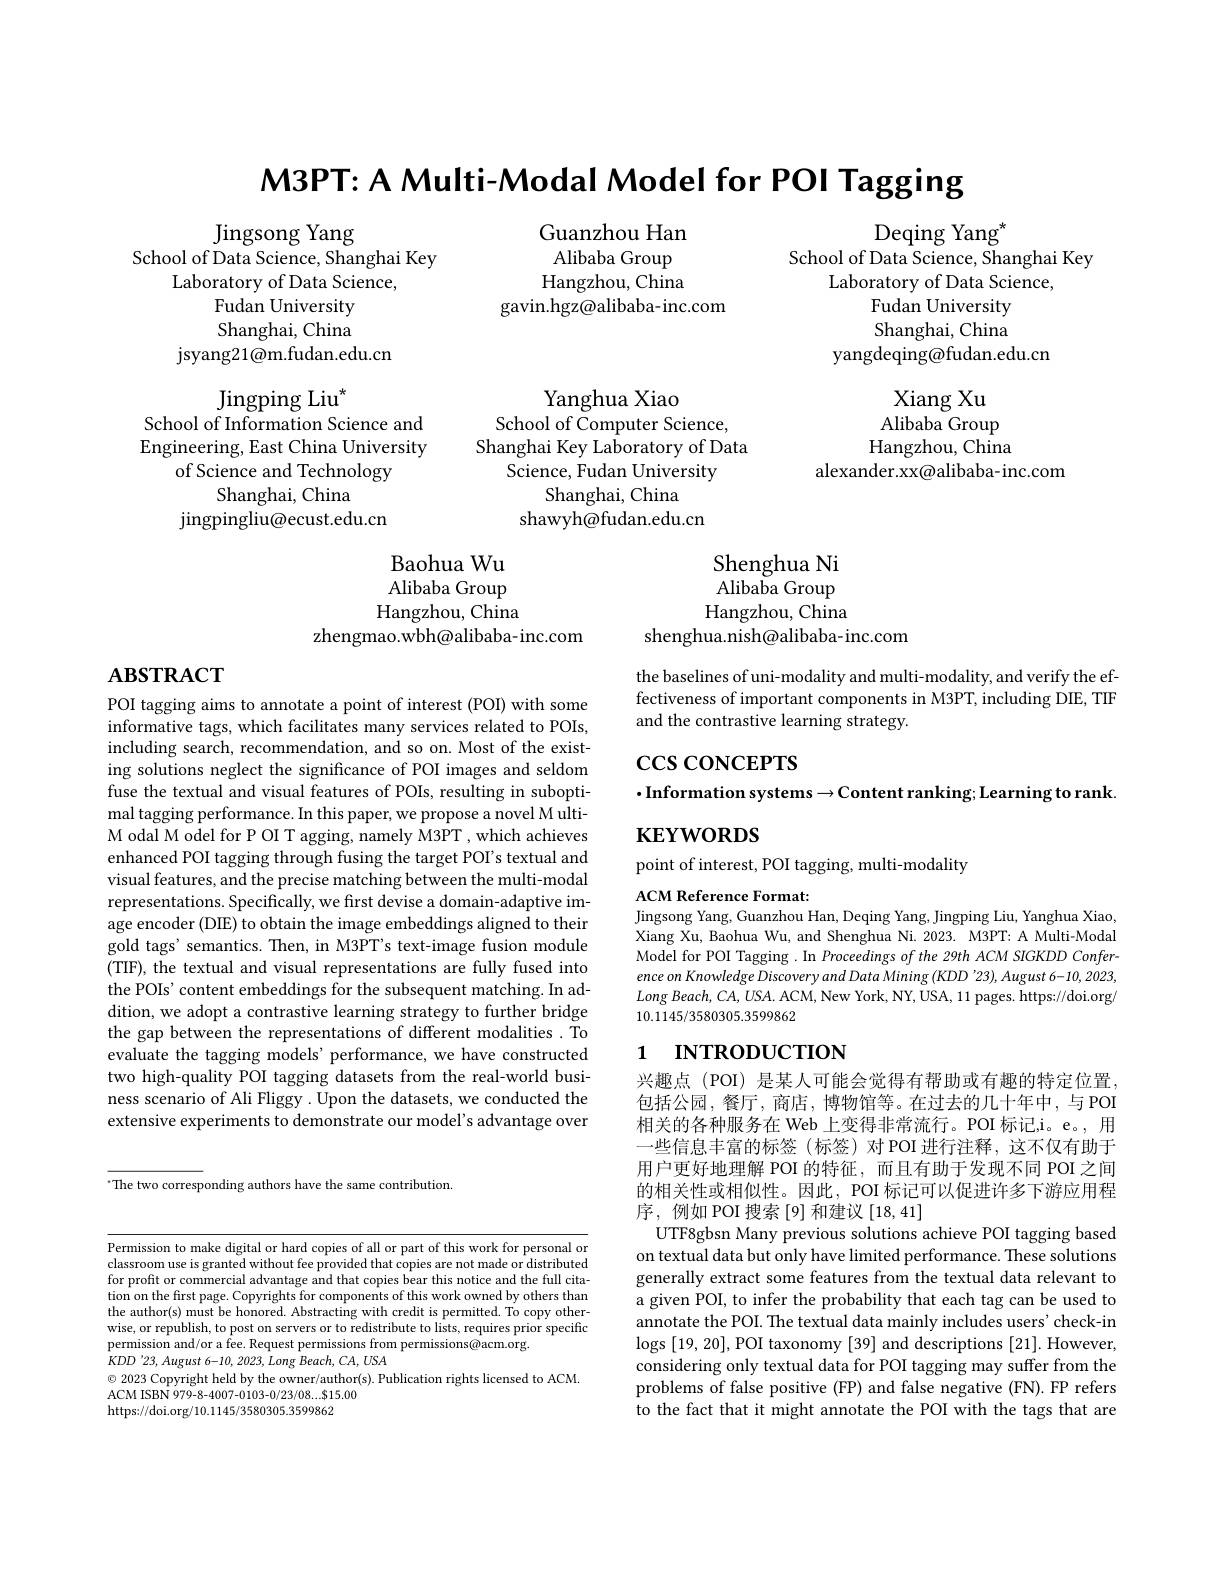
M3PT: A Multi- Modal Model for POI Tagging

Deqing Yang$^{\star}$
School of Data Science, Shanghai Key

Guanzhou Han Alibaba Group Hangzhou, China
gavin.hgz@alibaba-inc.com

Laboratory of Data Science,

Jingsong Yang
School of Data Science, Shanghai Key
Laboratory of Data Science,
Fudan University Shanghai, China
jsyang21@m.fudan.edu.cn

Fudan University

Shanghai, China

yangdeqing@fudan.edu.cn

$\operatorname*{Jingping}_{c}\text{Liu}^{*}$

School of Information Science and

Xiang Xu Alibaba Group Hangzhou, China
alexander.xx@alibaba-inc.com

Engineering, East China University

Yanghua Xiao
School of Computer Science,
Shanghai Key Laboratory of Data
Science, Fudan University
Shanghai, China
shawyh@fudan.edu.cn

of Science and Technology

Shanghai, China

jingpingliu@ecust.edu.cn

Baohua Wu
Shenghua Ni
Alibaba Group
Alibaba Group
Hangzhou, China
Hangzhou, China
zhengmao.wbh@alibaba-inc.com
shenghua.nish@alibaba-inc.com

## $\mathbf{ABSTRACT}$

the baselines of uni-modality and multi-modality, and verify the effectiveness of important components in M3PT, including $\acute{\mathrm{DIE}}$,TIF and the contrastive learning strategy.

$\csc\cos$coNCEPTS
$\cdot$Information systems$\to$Content ranking; Learning to rank

$\mathbf{KEYWORDS}$

point of interest, POI tagging, multi-modality

ACM Reference Format:
Jingsong Yang, Guanzhou Han, Deqing Yang, Jingping Liu, Yanghua Xiao,

POI tagging aims to annotate a point of interest (POI) with some informative tags, which facilitates many services related to POIs, including search, recommendation, and so on. Most of the existing solutions neglect the significance of POI images and seldom fuse the textual and visual features of POIs, resulting in suboptimal tagging performance. In this paper, we propose a novel M ultiM odal M odel for P OI T agging, namely M3PT , which achieves enhanced POI tagging through fusing the target POI's textual and visual features, and the precise matching between the multi-modal representations. Specifically, we first devise a domain-adaptive image encoder (DIE) to obtain the image embeddings aligned to their gold tags' semantics. Then, in M3PT's text-image fusion module (TIF), the textual and visual representations are fully fused into the POIs' content embeddings for the subsequent matching. In addition, we adopt a contrastive learning strategy to further bridge the gap between the representations of different modalities . To evaluate the tagging models' performance, we have constructed two high-quality POI tagging datasets from the real-world business scenario of Ali Fliggy . Upon the datasets, we conducted the extensive experiments to demonstrate our model's advantage over

Xiang Xu, Baohua Wu, and Shenghua Ni. 2023. M3PT: A Multi-Modal Model for POI Tagging . In Proceedings of the 29th ACM SIGKDD Conference on Knowledge Discovery and Data Mining (KDD '23), August 6-10, 2023, $LongBeach,CA,USA.$ ACM, New York, NY, USA, 11 pages. https://doi.org/ 10.1145/3580305.3599862

# 1 INTRODUCTION

兴趣点(POI) 是某人可能会觉得有帮助或有趣的特定位置， 包括公园，餐厅，商店，博物馆等。在过去的几十年中，与 POI 相关的各种服务在 Web 上变得非常流行。POI 标记，i。e。,用-些信息丰富的标签(标签)对 POI 进行注释，这不仅有助于用户更好地理解 POI 的特征，而且有助于发现不同 POI 之间的相关性或相似性。因此，POI 标记可以促进许多下游应用程序，例如 POI 搜索[9]和建议[18,41]

$^{\cdot}$The two corresponding authors have the same contribution.

UTF8gbsn Many previous solutions achieve POI tagging based on textual data but only have limited performance. These solutions generally extract some features from the textual data relevant to a given POI, to infer the probability that each tag can be used to annotate the POI. The textual data mainly includes users' check-in $\log$s[19,20], POI taxonomy [39] and descriptions [21]. However, considering only textual data for POI tagging may suffer from the problems of false positive (FP) and false negative (FN). FP refers to the fact that it might annotate the POI with the tags that are

Permission to make digital or hard copies of all or part of this work for personal or classroom use is granted without fee provided that copies are not made or distributed for profit or commercial advantage and that copies bear this notice and the full citation on the first page. Copyrights for components of this work owned by others than the author(s) must be honored. Abstracting with credit is permitted. To copy otherwise, or republish, to post on servers or to redistribute to lists, requires prior specific permission and/or a fee. Request permissions from permissions@acm.org.
$KDD^{\prime}23,August6-10,2023,LongBeach,CA,USA$
$\odot$ 2023 Copyright held by the owner/author(s). Publication rights licensed to ACM.
ACM ISBN 979-8-4007-0103-0/23/08...815.00
https://doi.org/10.1145/3580305.3599862